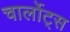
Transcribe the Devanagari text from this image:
चार्लोट्स